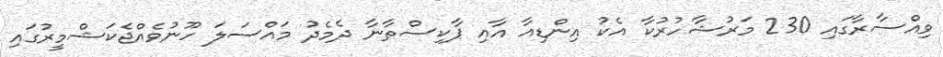
ވިއްސާރާގައި 230 މަރުޝާހުރުކާ އެކު އިންޑިއާ އާއި ޕާކިސްތާނާ ދެމެދު މައްސަލަ ހޫނުވެއްޖެކަޝްމީރުގައި